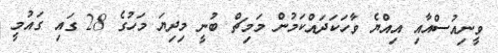
ވީނިއުސްއާއި އިއްޔެ ވާހަކަދައްކަމުން މަމިޗް ބުނީ މިދިޔަ މަހުގެ 28 ގައި ގައުމީ